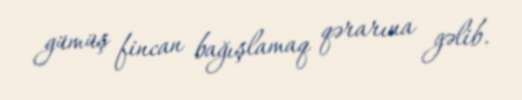
gümüş fincan bağışlamaq qərarına gəlib.